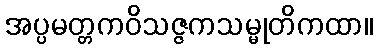
အပ္ပမတ္တကဝိသဇ္ဇကသမ္မုတိကထာ။